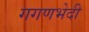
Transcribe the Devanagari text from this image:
गगणभेदी